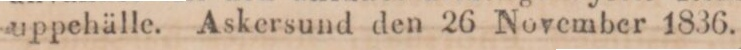
uppehälle. Askersund den 26 November 1836.